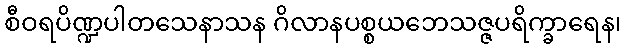
စီဝရပိဏ္ဍပါတသေနာသန ဂိလာနပစ္စယဘေသဇ္ဇပရိက္ခာရေန၊